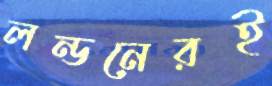
লন্ডনেরই